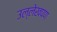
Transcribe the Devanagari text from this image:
उल्लेखपण